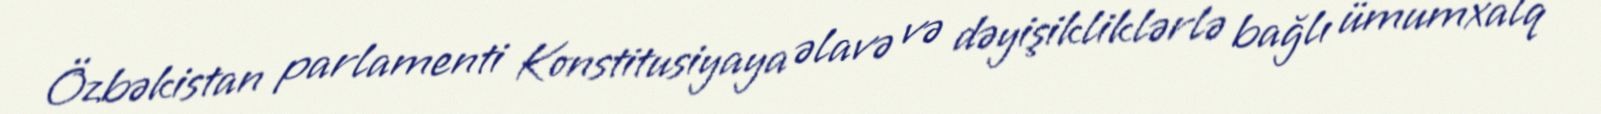
Özbəkistan parlamenti Konstitusiyaya əlavə və dəyişikliklərlə bağlı ümumxalq